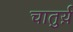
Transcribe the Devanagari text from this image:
चातुर्य़